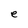
Character: e